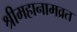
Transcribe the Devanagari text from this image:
श्रीमहानामव्रत